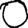
Digit: 0